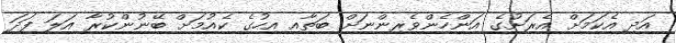
އަދި އެކަމަށް އެރަށުގެ އަންހެންވެރިންނަށް ބަތާއި އިހުގެ ކެއުމަށް ބޭނުންކުރާ އަލަ ފަދަ